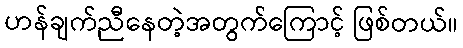
ဟန်ချက်ညီနေတဲ့အတွက်ကြောင့် ဖြစ်တယ်။